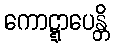
ကောဋ္ဋာပေန္တိ